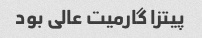
پیتزا گارمیت عالی بود